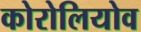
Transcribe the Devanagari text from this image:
कोरोलियोव